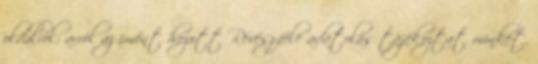
oldalról: arról az imént hozott Révész-féle adatolás tájékoztat minket,